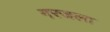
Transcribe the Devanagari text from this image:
गरजला